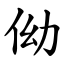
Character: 㑃